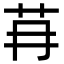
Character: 䒣